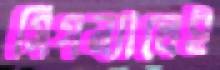
সিগন্যালেই